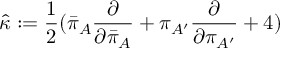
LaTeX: { \hat { \kappa } } : = { \frac { 1 } { 2 } } { ( { \bar { \pi } } _ { A } { \frac { \partial } { \partial { \bar { \pi } } _ { A } } } + \pi _ { A ^ { \prime } } { \frac { \partial } { \partial \pi _ { A ^ { \prime } } } } + 4 ) }